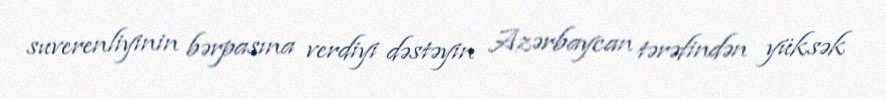
suverenliyinin bərpasına verdiyi dəstəyin Azərbaycan tərəfindən yüksək